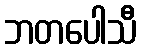
ဘတပေါသီ